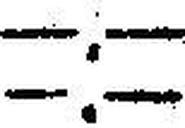
—.—